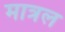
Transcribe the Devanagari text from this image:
मात्रल